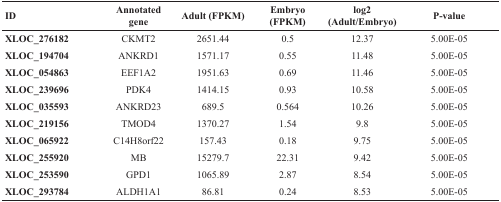
<table><thead><tr><td><b>ID</b></td><td><b>Annotatedgene</b></td><td><b>Adult (FPKM)</b></td><td><b>Embryo (FPKM)</b></td><td><b>log2(Adult/Embryo)</b></td><td><b>P-value</b></td></tr></thead><tbody><tr><td><b>XLOC_276182</b></td><td>CKMT2</td><td>2651.44</td><td>0.5</td><td>12.37</td><td>5.00E-05</td></tr><tr><td><b>XLOC_194704</b></td><td>ANKRD1</td><td>1571.17</td><td>0.55</td><td>11.48</td><td>5.00E-05</td></tr><tr><td><b>XLOC_054863</b></td><td>EEF1A2</td><td>1951.63</td><td>0.69</td><td>11.46</td><td>5.00E-05</td></tr><tr><td><b>XLOC_239696</b></td><td>PDK4</td><td>1414.15</td><td>0.93</td><td>10.58</td><td>5.00E-05</td></tr><tr><td><b>XLOC_035593</b></td><td>ANKRD23</td><td>689.5</td><td>0.564</td><td>10.26</td><td>5.00E-05</td></tr><tr><td><b>XLOC_219156</b></td><td>TMOD4</td><td>1370.27</td><td>1.54</td><td>9.8</td><td>5.00E-05</td></tr><tr><td><b>XLOC_065922</b></td><td>C14H8orf22</td><td>157.43</td><td>0.18</td><td>9.75</td><td>5.00E-05</td></tr><tr><td><b>XLOC_255920</b></td><td>MB</td><td>15279.7</td><td>22.31</td><td>9.42</td><td>5.00E-05</td></tr><tr><td><b>XLOC_253590</b></td><td>GPD1</td><td>1065.89</td><td>2.87</td><td>8.54</td><td>5.00E-05</td></tr><tr><td><b>XLOC_293784</b></td><td>ALDH1A1</td><td>86.81</td><td>0.24</td><td>8.53</td><td>5.00E-05</td></tr></tbody></table>